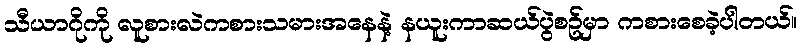
သီယာဂိုကို လူစားလဲကစားသမားအနေနဲ့ နယူးကာဆယ်ပွဲစဥ်မှာ ကစားစေခဲ့ပါတယ်။